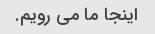
اینجا ما می رویم.